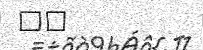
١١